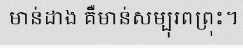
មាន់ដាង គឺមាន់សម្បុរពព្រុះ។